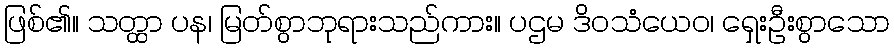
ဖြစ်၏။ သတ္ထာ ပန၊ မြတ်စွာဘုရားသည်ကား။ ပဌမ ဒိဝသံယေဝ၊ ရှေးဦးစွာသော